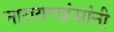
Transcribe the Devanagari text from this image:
नारायणहंसांनी